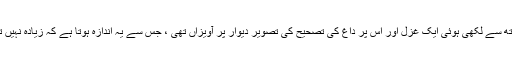
لیکن جوش مرحوم کے نکودر کے مکان کی بیٹھک میں ان کے ہاتھ سے لکھی ہوئی ایک غزل اور اس پر داغ کی تصحیح کی تصویر دیوار پر آویزاں تھی ، جس سے یہ اندازہ ہوتا ہے کہ زیادہ نہیں تو کم از کم ایک غزل پر داغ دہلوی نے انہیں اصلاح سے نوازا تھا۔